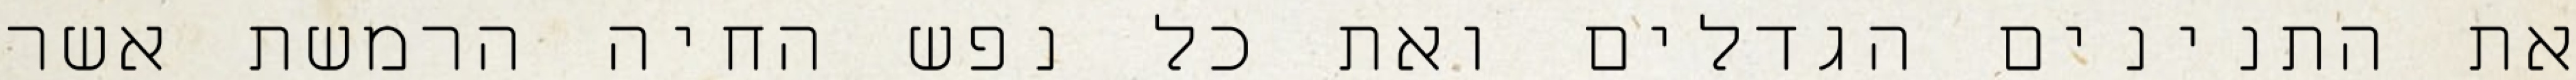
את התנינים הגדלים ואת כל נפש החיה הרמשת אשר